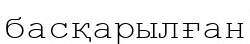
басқарылған